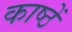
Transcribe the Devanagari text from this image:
काष्ठें